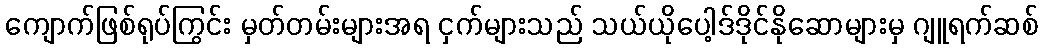
ကျောက်ဖြစ်ရုပ်ကြွင်း မှတ်တမ်းများအရ ငှက်များသည် သယ်ယိုပေါ့ဒ်ဒိုင်နိုဆောများမှ ဂျူရက်ဆစ်